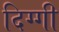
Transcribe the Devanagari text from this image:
दिग्गी